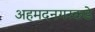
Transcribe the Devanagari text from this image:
अहमदनगरकडे